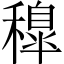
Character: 𥢐